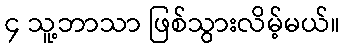
၄ သူ့ဘာသာ ဖြစ်သွားလိမ့်မယ်။